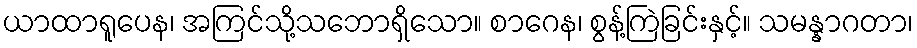
ယာထာရူပေန၊ အကြင်သို့သဘောရှိသော။ စာဂေန၊ စွန့်ကြဲခြင်းနှင့်။ သမန္နာဂတာ၊